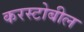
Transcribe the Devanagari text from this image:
करस्टोबील